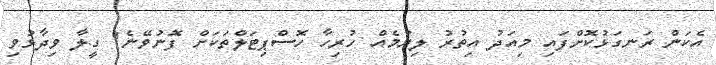
އެކަން ރަނގަޅުކޮށްފައި މިއަދު އިތުރު ލިޔުމެއް ހުރިހާ ހޮސްޕިޓަލްތަކަށް ފޮނުވޭނެ" ގީލާ ވިދާޅުވި